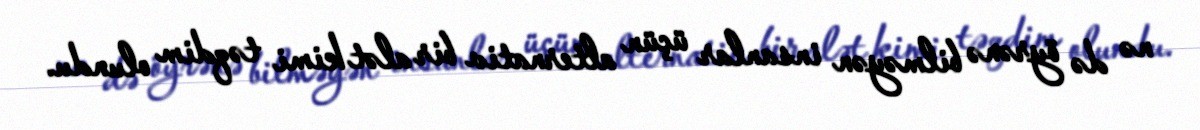
nə də öyrənə bilməyən insanlar üçün alternativ bir alət kimi təqdim olundu.